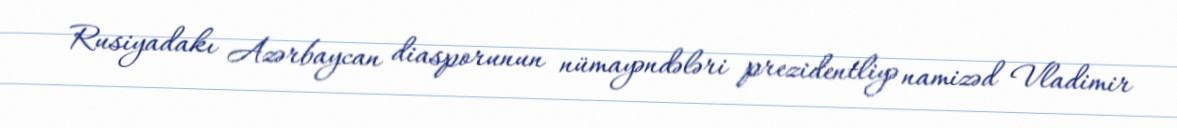
Rusiyadakı Azərbaycan diasporunun nümayəndələri prezidentliyə namizəd Vladimir